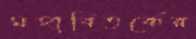
মহাবিতর্কের